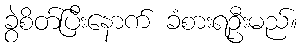
ခွဲစိတ်ပြီးနောက် ခံစားရဦးမည်။